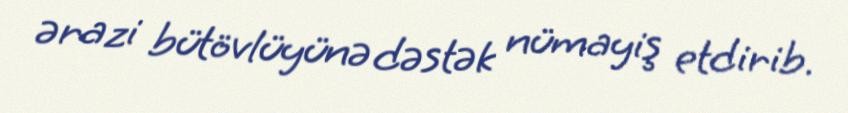
ərazi bütövlüyünə dəstək nümayiş etdirib.